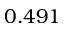
0 . 4 9 1